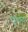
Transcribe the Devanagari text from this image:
एट्टुवीटर